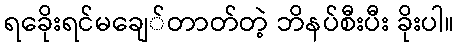
ရခေိုးရင်မချေ်တာတ်တဲ့ ဘိနပ်စီးပီး ခိုးပါ။